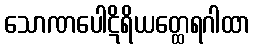
သောဏပေါဋိရိယတ္ထေရဂါထာ